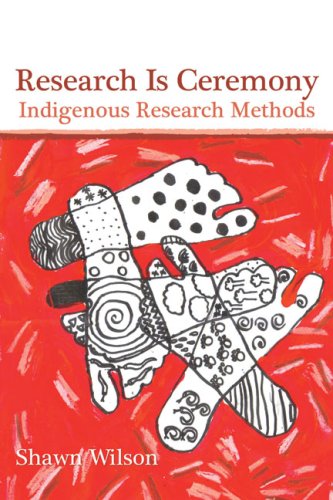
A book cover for Research Is Ceremony: Indigenous Research Methods; Shawn Wilson; Politics & Social Sciences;